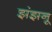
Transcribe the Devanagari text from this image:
झंझनू